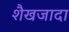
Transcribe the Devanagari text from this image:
शैखजादा